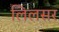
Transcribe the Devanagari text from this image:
लिलसर